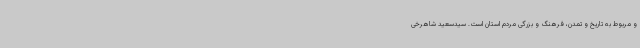
و مربوط به تاریخ و تمدن، فرهنگ و بزرگی مردم استان است. سیدسعید شاهرخی